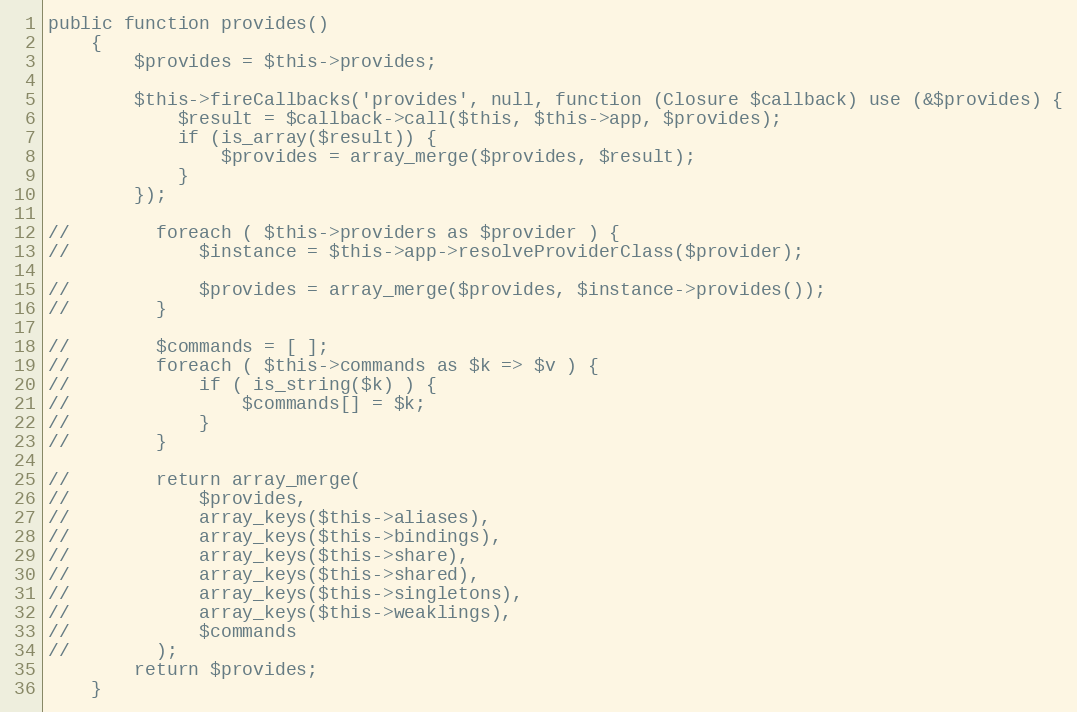
Language: PHP
public function provides()
    {
        $provides = $this->provides;

        $this->fireCallbacks('provides', null, function (Closure $callback) use (&$provides) {
            $result = $callback->call($this, $this->app, $provides);
            if (is_array($result)) {
                $provides = array_merge($provides, $result);
            }
        });

//        foreach ( $this->providers as $provider ) {
//            $instance = $this->app->resolveProviderClass($provider);

//            $provides = array_merge($provides, $instance->provides());
//        }

//        $commands = [ ];
//        foreach ( $this->commands as $k => $v ) {
//            if ( is_string($k) ) {
//                $commands[] = $k;
//            }
//        }

//        return array_merge(
//            $provides,
//            array_keys($this->aliases),
//            array_keys($this->bindings),
//            array_keys($this->share),
//            array_keys($this->shared),
//            array_keys($this->singletons),
//            array_keys($this->weaklings),
//            $commands
//        );
        return $provides;
    }